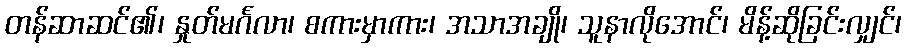
တန်ဆာဆင်၏၊ နှုတ်မင်္ဂလာ၊ စကားမှာကား၊ အသာအချို၊ သူနာလိုအောင်၊ မိန့်ဆိုခြင်းလျှင်၊